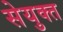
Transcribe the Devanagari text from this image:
सेयुक्त